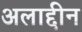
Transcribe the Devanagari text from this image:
अलाद्दीन